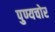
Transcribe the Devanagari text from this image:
पुण्यचोर